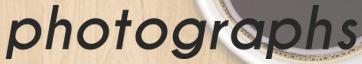
photographs